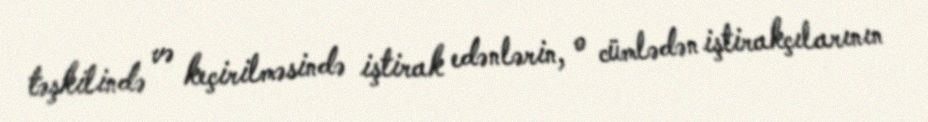
təşkilində və keçirilməsində iştirak edənlərin, o cümlədən iştirakçılarının